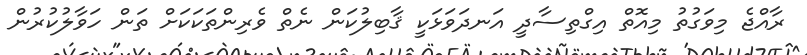
ރާއްޖެ މިވަގުތު މިއޮތް އިގްތިސާދީ އަނދަވަޅަކީ ޤާބިލުކަން ނެތް ވެރިންތަކަކަށް ތަން ހަވާލުކުރުން